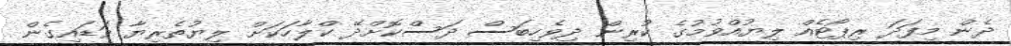
ދެން މިފަދަ ރިޕޯޓެއް ލިޔުއްވުމުގެ ކުރިން ދިވެހިބަސް ދަސްކޮށްދޭ ކްލާހަކަށް ލިޔުތެރިޔާ ވަޑައިގެން